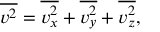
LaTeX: { \overline { { v ^ { 2 } } } } = { \overline { { v _ { x } ^ { 2 } } } } + { \overline { { v _ { y } ^ { 2 } } } } + { \overline { { v _ { z } ^ { 2 } } } } ,